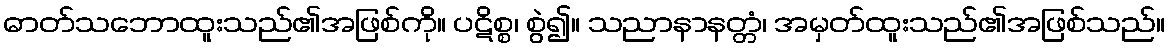
ဓာတ်သဘောထူးသည်၏အဖြစ်ကို။ ပဋိစ္စ၊ စွဲ၍။ သညာနာနတ္တံ၊ အမှတ်ထူးသည်၏အဖြစ်သည်။